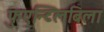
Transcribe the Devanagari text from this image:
फुएन्टिलबिला